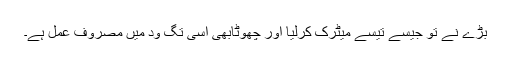
بڑے نے تو جیسے تیسے میٹرک کرلیا اور چھوٹابھی اسی تگ ود میں مصروف عمل ہے۔